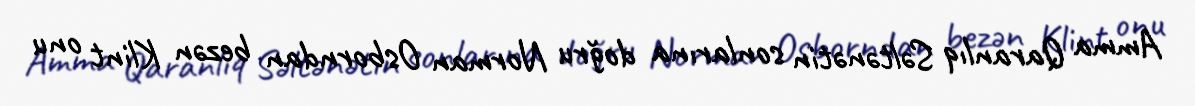
Amma Qaranlıq Səltənətin sonlarına doğru Norman Osborndan bezən Klint onu